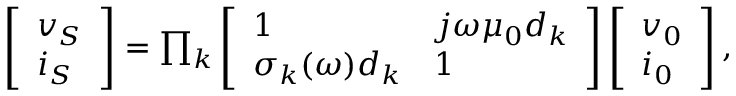
\begin{array} { r } { \left[ \begin{array} { l } { v _ { S } } \\ { i _ { S } } \end{array} \right] = \prod _ { k } \left[ \begin{array} { l l } { 1 } & { j \omega \mu _ { 0 } d _ { k } } \\ { \sigma _ { k } ( \omega ) d _ { k } } & { 1 } \end{array} \right] \left[ \begin{array} { l } { v _ { 0 } } \\ { i _ { 0 } } \end{array} \right] , } \end{array}